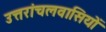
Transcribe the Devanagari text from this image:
उत्तरांचलवासियों